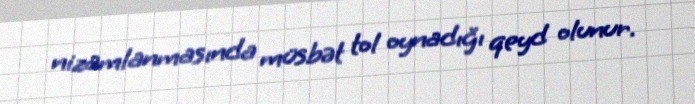
nizamlanmasında müsbət tol oynadığı qeyd olunur.